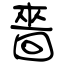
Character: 嗇